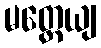
မတ္တေယျ